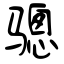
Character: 骢